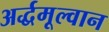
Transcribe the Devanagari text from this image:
अर्द्धमूल्वान